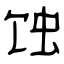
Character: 蚀